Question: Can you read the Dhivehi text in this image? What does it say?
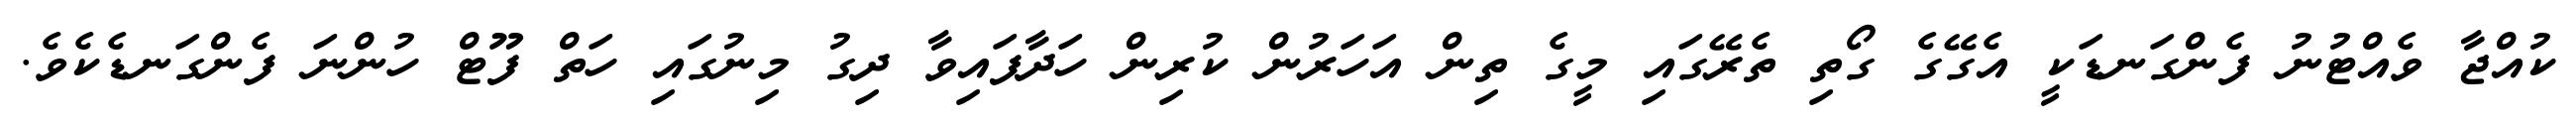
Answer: ކުއްޖާ ވެއްޓުނު ފެންގަނޑަކީ އެގޭގެ ގޯތި ތެރޭގައި މީގެ ތިން އަހަރުން ކުރިން ހަދާފައިވާ ދިގު މިނުގައި ހަތް ފޫޓް ހުންނަ ފެންގަނޑެކެވެ.